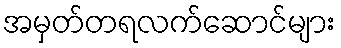
အမှတ်တရလက်ဆောင်များ